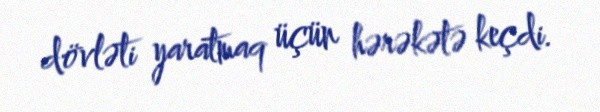
dövləti yaratmaq üçün hərəkətə keçdi.